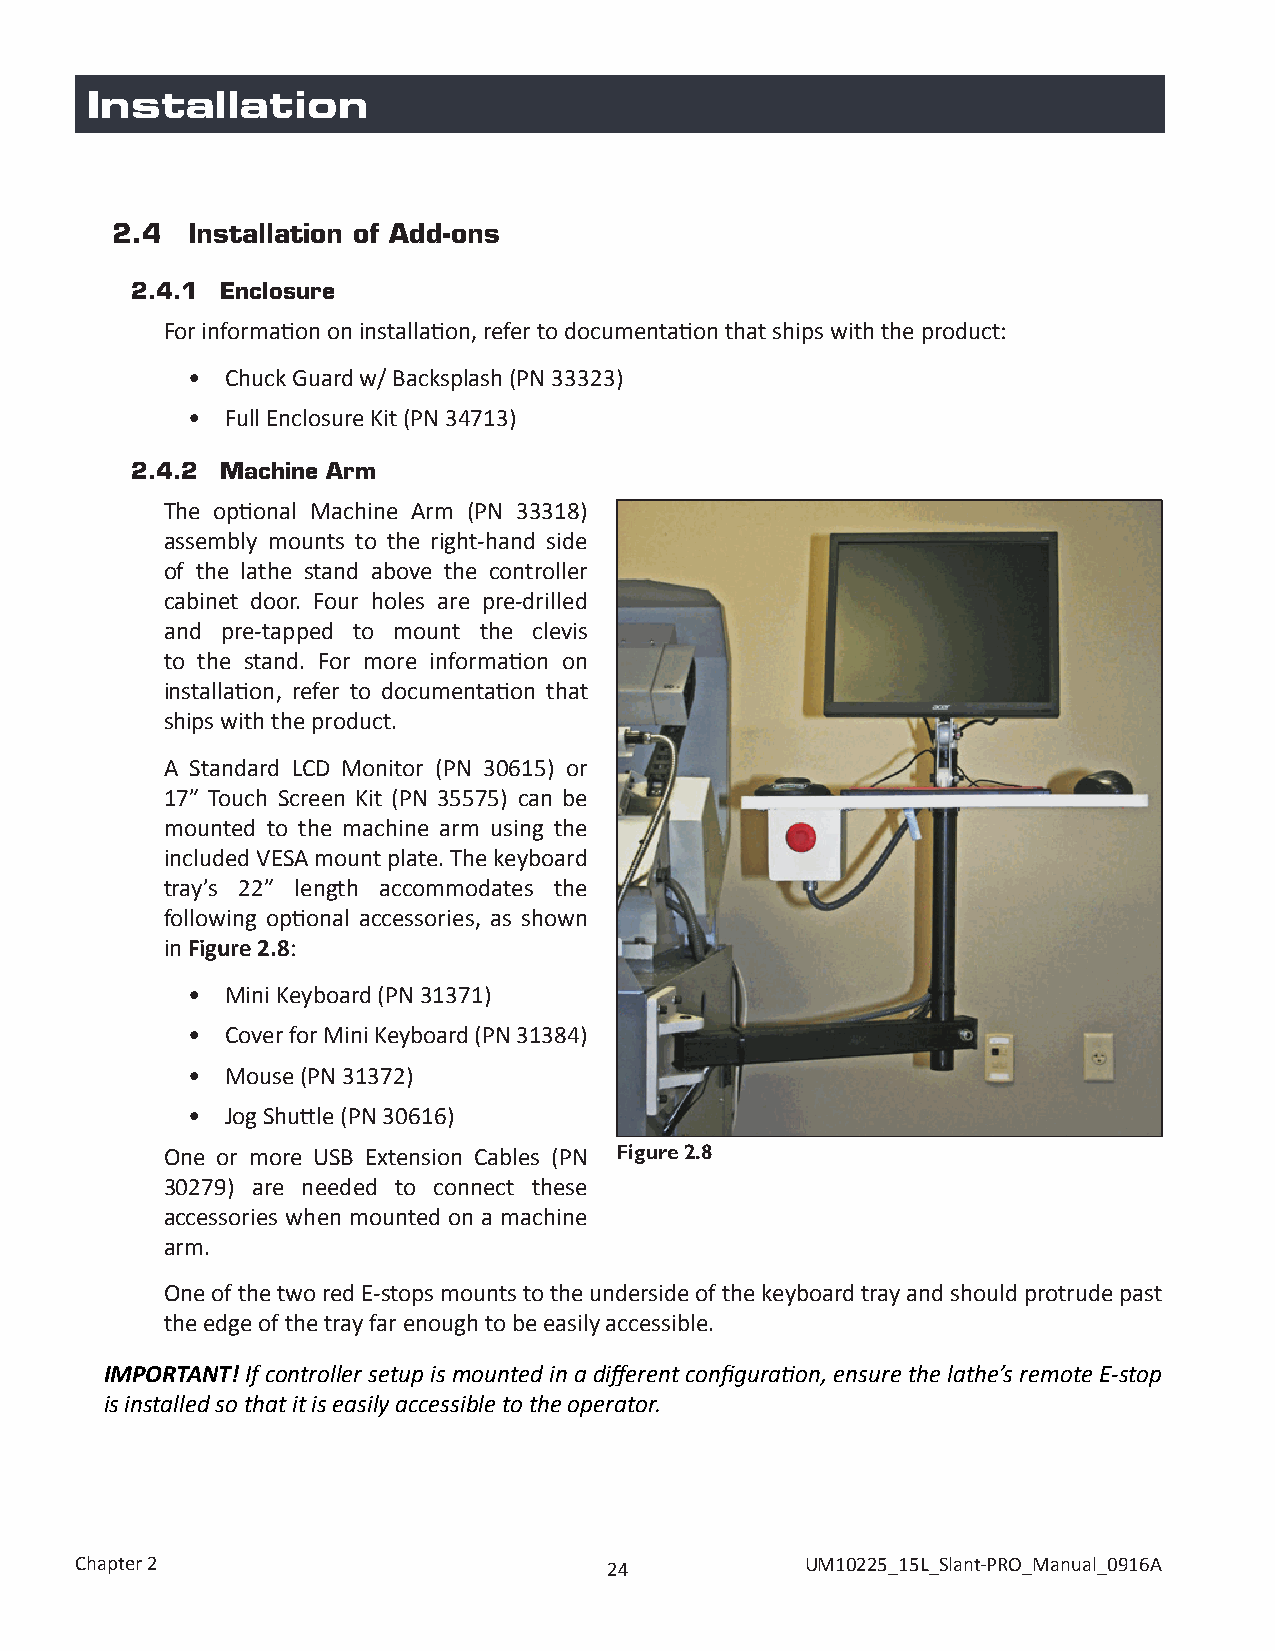
Installation
 2.4  Installation of Add-ons
 2.4.1 Enclosure
 For information on installation, refer to documentation that ships with the product:
 •  Chuck Guard w/ Backsplash (PN 33323)
 •  Full Enclosure Kit (PN 34713)
 2.4.2 Machine Arm
 The optional Machine Arm (PN 33318)
 assembly mounts to the right-hand side
 of the lathe stand above the controller
 cabinet door. Four holes are pre-drilled
 and pre-tapped to mount the clevis
 to the stand. For more information on
 installation, refer to documentation that
 ships with the product.
 A Standard LCD Monitor (PN 30615) or
 17” Touch Screen Kit (PN 35575) can be
 mounted to the machine arm using the
 included VESA mount plate. The keyboard
 tray’s 22” length accommodates the
 following optional accessories, as shown
 in Figure 2.8:
 •  Mini Keyboard (PN 31371)
 •  Cover for Mini Keyboard (PN 31384)
 •  Mouse (PN 31372)
 •  Jog Shuttle (PN 30616)
 One or more USB Extension Cables (PN Figure 2.8
 30279) are needed to connect these
 accessories when mounted on a machine
 arm.
 One of the two red E-stops mounts to the underside of the keyboard tray and should protrude past
 the edge of the tray far enough to be easily accessible.
 IMPORTANT! If controller setup is mounted in a different configuration, ensure the lathe’s remote E-stop
 is installed so that it is easily accessible to the operator.
 Chapter 2                          24           UM10225_15L_Slant-PRO_Manual_0916A